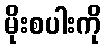
မိုးစပါးကို